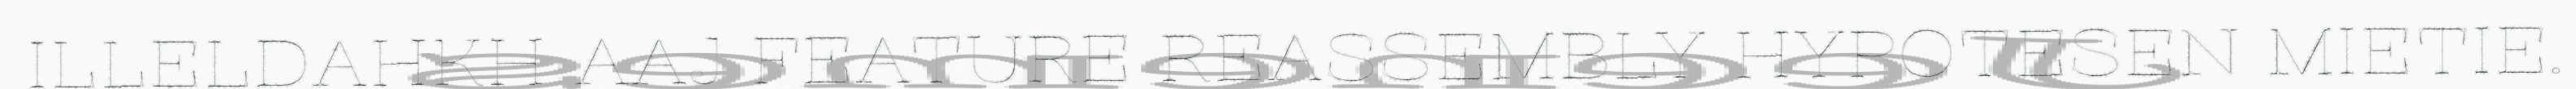
ILLELDAHKH AAJ FEATURE REASSEMBLY HYPOTESEN MIETIE.